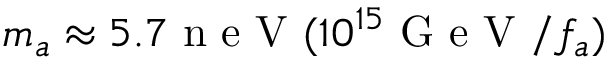
m _ { a } \approx 5 . 7 \mathrm { ~ n ~ e ~ V ~ } ( 1 0 ^ { 1 5 } \mathrm { ~ G ~ e ~ V ~ } / f _ { a } )